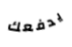
يدفعك